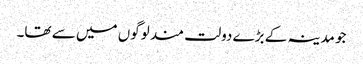
جو مدینہ کے بڑے دولت مند لوگوں میں سے تھا۔